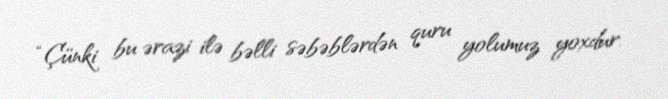
“Çünki bu ərazi ilə bəlli səbəblərdən quru yolumuz yoxdur.